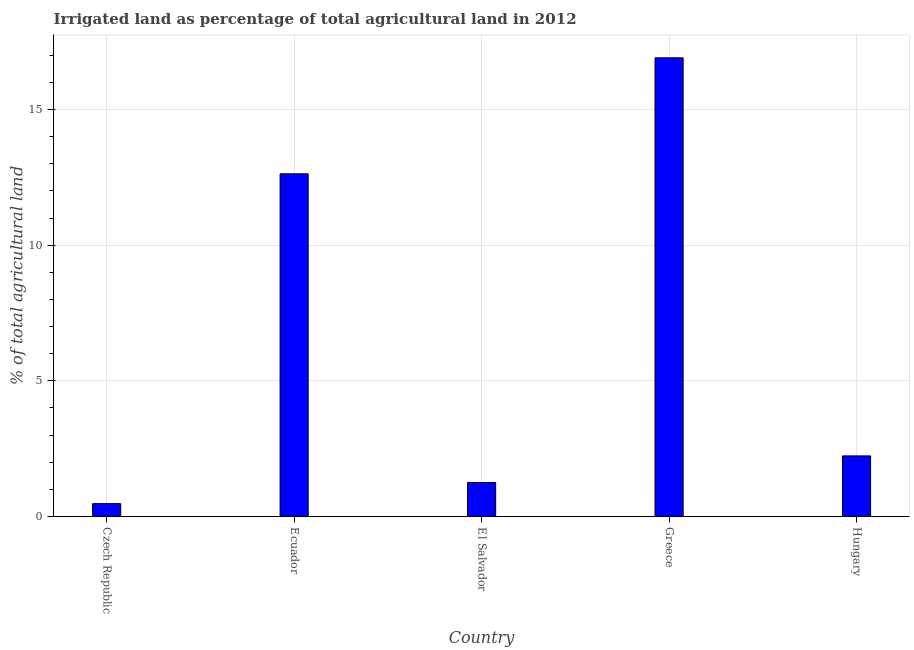
| Country | Agricultural irrigated land  |
 | --- | --- |
 | Czech Republic | 0.473 |
 | Ecuador | 12.6 |
 | El Salvador | 1.25 |
 | Greece | 16.9 |
 | Hungary | 2.23 |